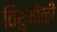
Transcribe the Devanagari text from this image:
तिरुमोळी